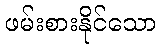
ဖမ်းစားနိုင်သော